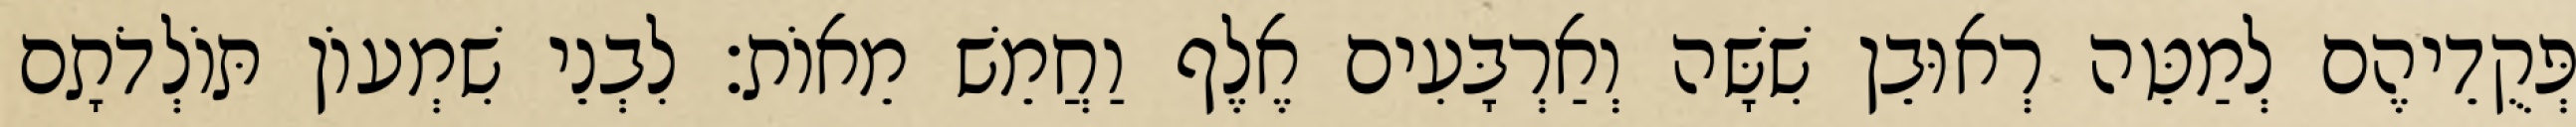
פְּקֻדֵיהֶם לְמַטֵּה רְאוּבֵן שִׁשָּׁה וְאַרְבָּעִים אֶלֶף וַחֲמֵשׁ מֵאוֹת׃ לִבְנֵי שִׁמְעוֹן תּוֹלְדֹתָם